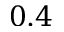
0 . 4